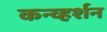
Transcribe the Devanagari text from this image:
कन्व्हर्शन